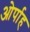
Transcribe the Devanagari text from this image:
ओर्पाह